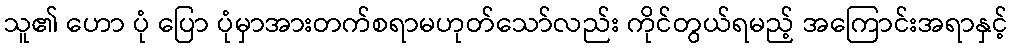
သူ၏ ဟော ပုံ ပြော ပုံမှာအားတက်စရာမဟုတ်သော်လည်း ကိုင်တွယ်ရမည့် အကြောင်းအရာနှင့်